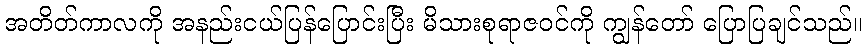
အတိတ်ကာလကို အနည်းငယ်ပြန်ပြောင်းပြီး မိသားစုရာဇဝင်ကို ကျွန်တော် ပြောပြချင်သည်။